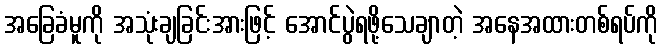
အခြေခံမူကို အသုံးချခြင်းအားဖြင့် အောင်ပွဲရဖို့သေချာတဲ့ အနေအထားတစ်ရပ်ကို